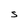
Character: S